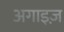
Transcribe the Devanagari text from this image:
अगाइज़